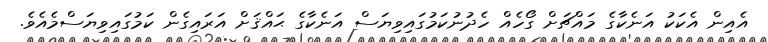
އެއިން އެކަކު އަނެކާގެ މައްޗަށް ގޯހެއް ހެދުނުކަމުގައިވިޔަސް އަނެކާގެ ޙައްޤަށް އަރައިގެން ކަމުގައިވިޔަސްމެއެވެ.